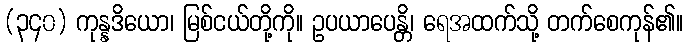
(၃၄၀) ကုန္နဒိယော၊ မြစ်ငယ်တို့ကို။ ဥပယာပေန္တိ၊ ရေအထက်သို့ တက်စေကုန်၏။